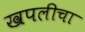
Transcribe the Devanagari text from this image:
खपलीचा